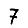
Digit: 7